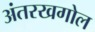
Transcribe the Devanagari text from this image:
अंतरखगोल